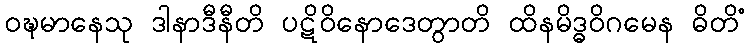
ဝဍ္ဎမာနေသု ဒါနာဒီနီတိ ပဋိဝိနောဒေတွာတိ ထိနမိဒ္ဓဝိဂမေန ဓိတိံ